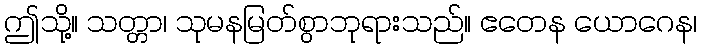
ဤသို့။ သတ္တာ၊ သုမနမြတ်စွာဘုရားသည်။ ဧတေန ယောဂေန၊